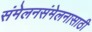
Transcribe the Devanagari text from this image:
संमेलनसंमेलनासाठी